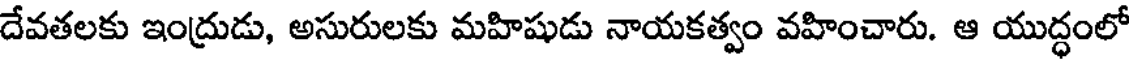
దేవతలకు ఇంద్రుడు, అసురులకు మహిషుడు నాయకత్వం వహించారు. ఆ యుద్ధంలో